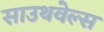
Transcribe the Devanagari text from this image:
साउथवेल्स